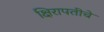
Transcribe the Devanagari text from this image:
क्षिरापतीचे